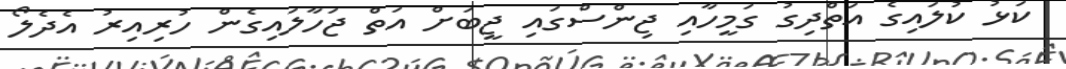
ކަޅު ކުލައިގެ އަތްދިގު ގަމީހާއި ޖިންސްގައި ޖީބަށް އަތް ޖަހާލައިގެން ހުރިއިރު އެދެލޯ